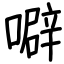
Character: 噼